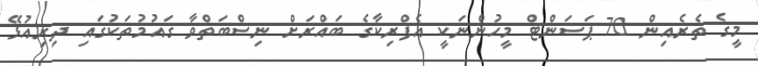
މީގެ ތެރެއިން 70 ޕަސަންޓް މީހުންނަކީ އެފްރިކާގެ ބައްރަށް ނިސްބަތްވާ ގައުމުތަކުގައި ދިރިއުޅޭ